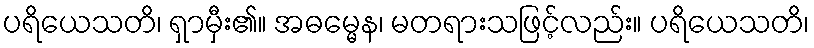
ပရိယေသတိ၊ ရှာမှီး၏။ အဓမ္မေန၊ မတရားသဖြင့်လည်း။ ပရိယေသတိ၊